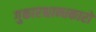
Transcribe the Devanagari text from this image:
गुकारश्चान्धकारो